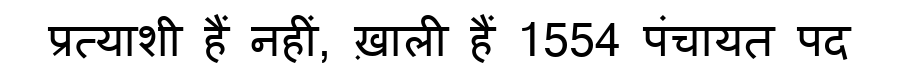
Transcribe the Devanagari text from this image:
प्रत्याशी हैं नहीं, ख़ाली हैं 1554 पंचायत पद